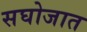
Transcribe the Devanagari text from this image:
सघोजात